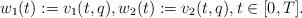
LaTeX: \begin{align*}w_{1}(t):=v_{1}(t,q),w_{2}(t):=v_{2}(t,q),t\in [0,T].\end{align*}